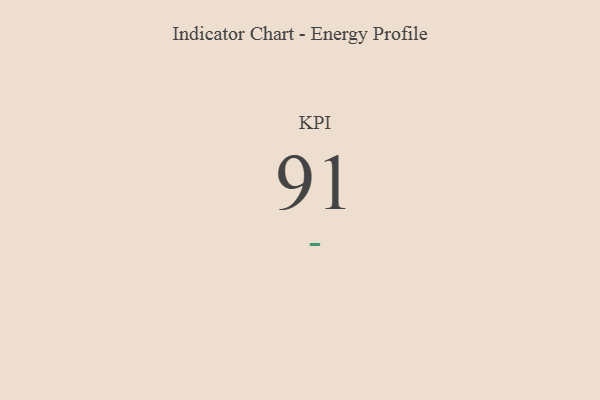
{"axis": {"x": "KPI", "y": "Value"}, "legend": [""], "data": [{"x": "KPI", "y": 91, "type": ""}]}